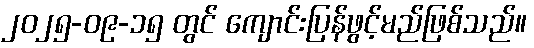
၂၀၂၅-၀၉-၁၅ တွင် ကျောင်းပြန်ဖွင့်မည်ဖြစ်သည်။